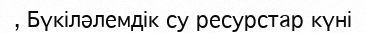
, Бүкіләлемдік су ресурстар күні